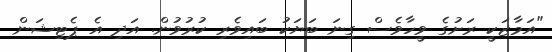
"އަމާޒަކީ ރަށުގެ ވީހާވެސް ގިނަ ބަޔަކު ބައިވެރި ކުރުވުން. އަދި އެ ޕެޓިޝަން